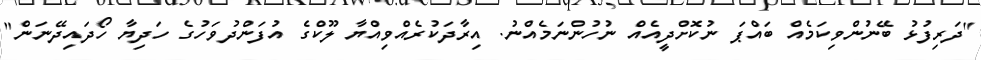
"ދަރިފުޅު ބޭނުންވިކަމެއް ބައްޕަ ނުކޮށްދީއެއް ނުހުންނަމެއްނު. އިރާދަކުރެއްވިއްޔާ ލޫކްގެ އުފަންދުވަހުގެ ހަދިޔާ ހޯދައިދޭނަން"